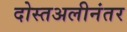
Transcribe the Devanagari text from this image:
दोस्तअलीनंतर